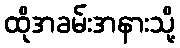
ထိုအခမ်းအနားသို့